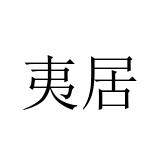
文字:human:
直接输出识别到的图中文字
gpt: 夷居